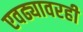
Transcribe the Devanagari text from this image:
एवढ्यावरही